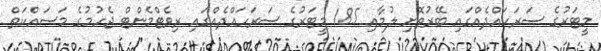
މީޓަރުގެ ސަރަހައްދެއްގައި ބޭރުތޮށި ލުމާއި 185 މީޓަރުގެ ސަރަހައްދެއްގައި ރިވެޓްމެންޓް ޖެހުމުގެ މަސައްކަތް